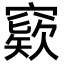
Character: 窽